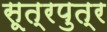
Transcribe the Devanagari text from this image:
सूत्रपुत्र